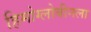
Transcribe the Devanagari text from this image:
हिमोग्लोबीनला